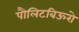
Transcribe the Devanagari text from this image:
पौलिटबिऊरो